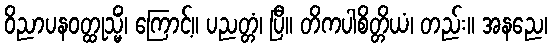
ဝိညာပနဝတ္ထုသ္မိံ၊ ကြောင့်။ ပညတ္တံ၊ ပြီ။ တိကပါစိတ္တိယံ၊ တည်း။ အနညေ၊